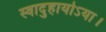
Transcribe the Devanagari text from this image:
स्वादुहायोऽया।